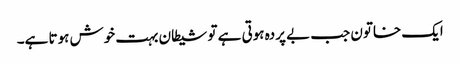
ایک خاتون جب بے پردہ ہوتی ہے تو شیطان بہت خوش ہوتا ہے۔